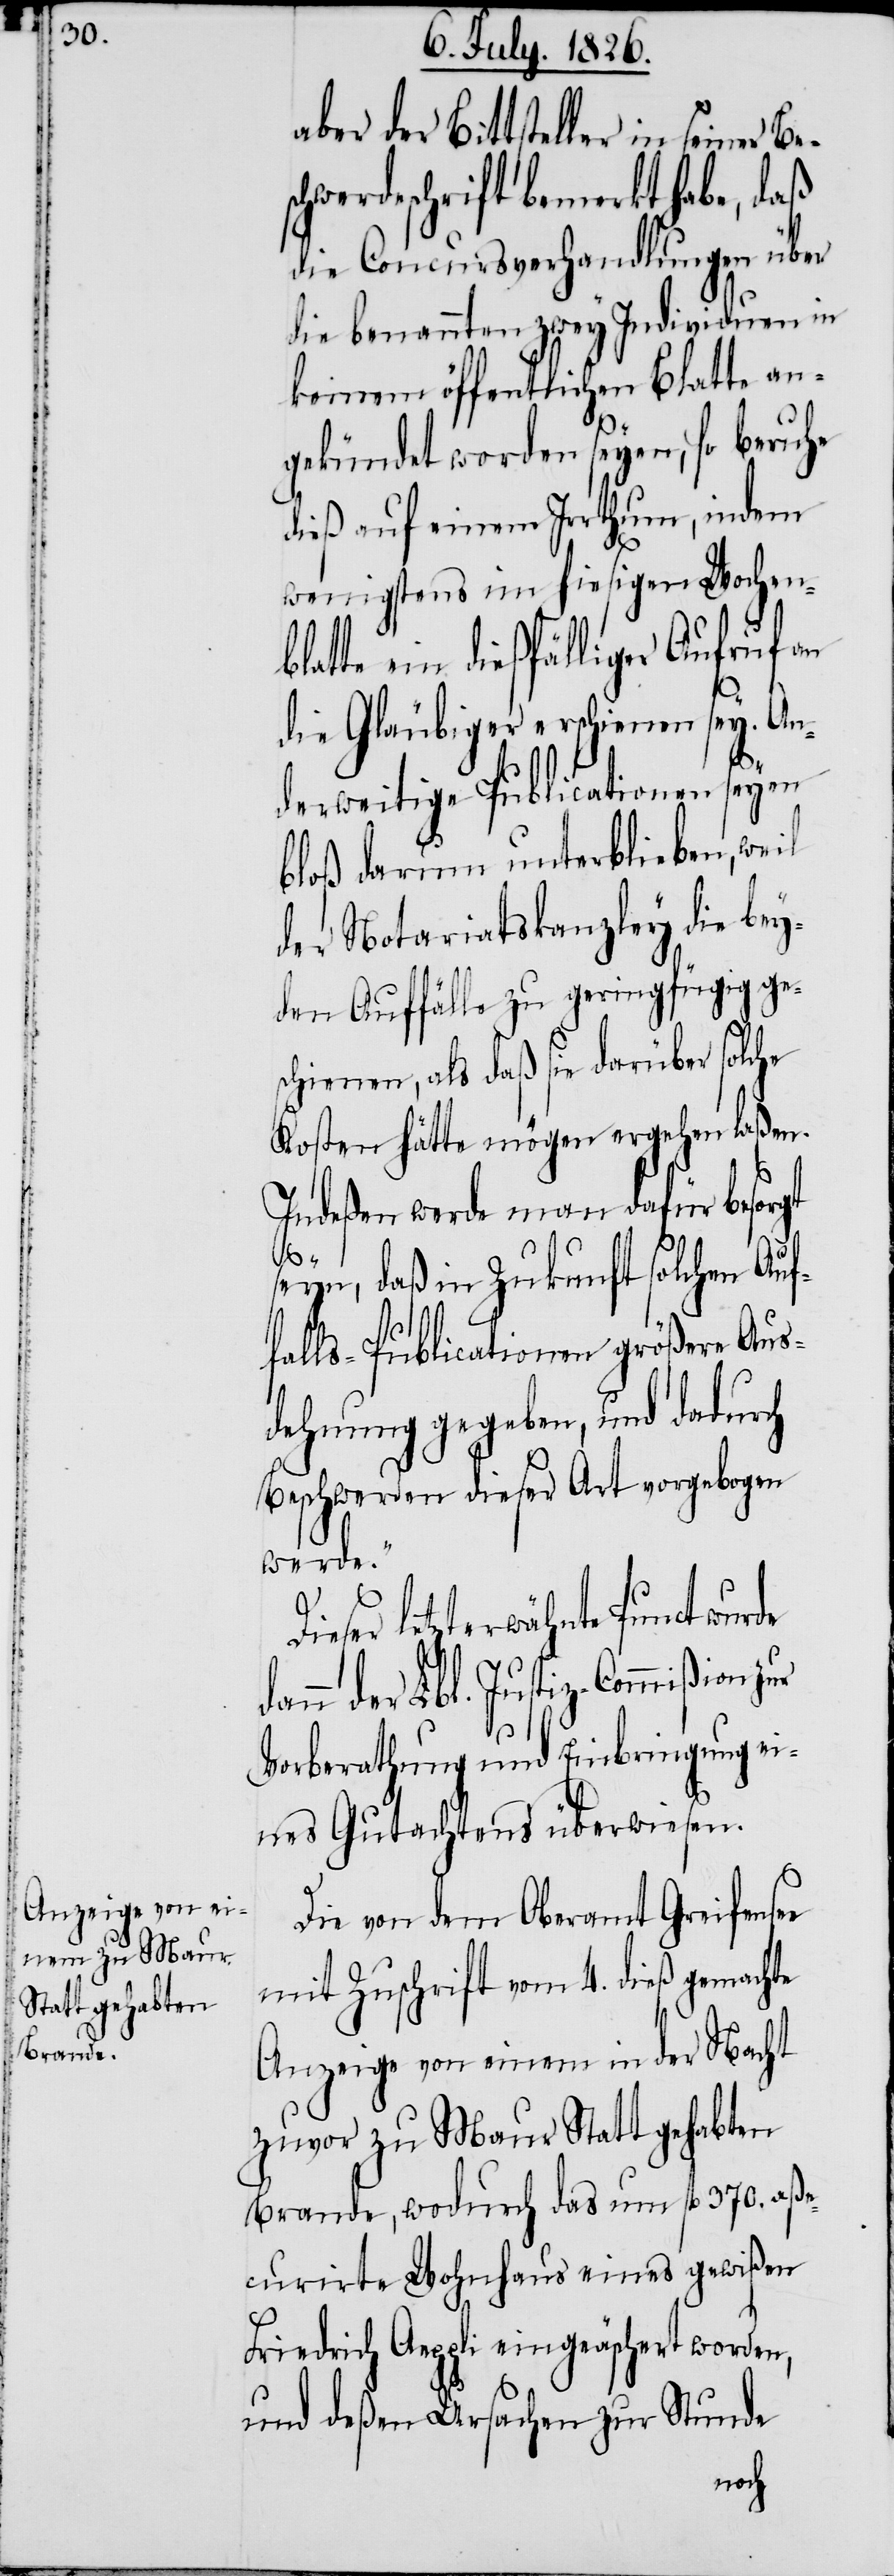
aber der Bittsteller in seiner Be¬
chwerdeschrift bemerkt habe, daß
die Concursverhandlungen über
die benannten zwey Individuen in
keinem öffentlichen Blatte an¬
gekündet worden seyen, so beruhe
dieß auf einem Irrthum, indem
wenigstens im hiesigen Wochen¬
tte ein dießfälliger Aufruf an
die Gläubiger erschienen sey. An¬
derweitige Publicationen seyen
bloß darum unterblieben, weil
der Notariatskanzley die bey¬
den Auffälle zu geringfügig ge¬
schienen, als daß sie darüber solche
Kosten hätte mögen ergehen laßen.
Indeßen werde man dafür besorgt
da¬
seyn, daß in Zukunft solchen Auf¬
e
falls-Publicationen größere Aus¬
dehnung gegeben, und dadurch
Beschwerden dieser Art vorgebogen
werde.“
Dieser letzterwähnte Punct wurde
nn der Lbl. Justiz-Commißion
Vorberathung und Einbringung ei¬
nes Gutachtens überwiesen.
Die von dem Oberamt Greifense¬
mit Zuschrift vom 4. dieß gemachte
Anzeige von einem in der Nacht
zuvor zu Maur Statt gehabten
Brande, wodurch das um fl. 370. aße¬
curirte Wohnhaus eines gewißen
Friedrich Aeppli eingeäschert worden,
und deßen Ursachen zur Stunde